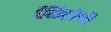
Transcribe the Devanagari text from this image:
सिंहांनी